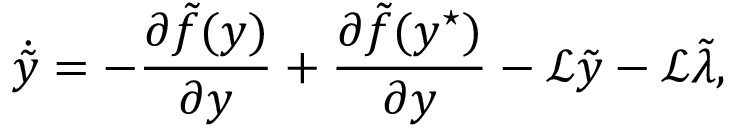
\dot { \tilde { y } } = - \frac { \partial \tilde { f } ( y ) } { \partial y } + \frac { \partial \tilde { f } ( y ^ { \star } ) } { \partial y } - \mathcal { L } \tilde { y } - \mathcal { L } \tilde { \lambda } ,